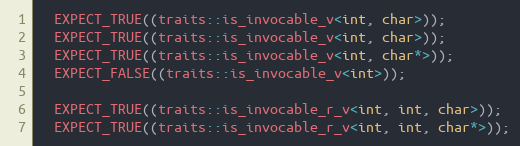
Language: C++
  EXPECT_TRUE((traits::is_invocable_v<int, char>));
  EXPECT_TRUE((traits::is_invocable_v<int, char>));
  EXPECT_TRUE((traits::is_invocable_v<int, char*>));
  EXPECT_FALSE((traits::is_invocable_v<int>));

  EXPECT_TRUE((traits::is_invocable_r_v<int, int, char>));
  EXPECT_TRUE((traits::is_invocable_r_v<int, int, char*>));